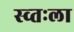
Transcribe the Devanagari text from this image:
स्व्तःला